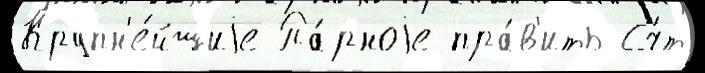
Крупн'е́йшиjе Па́рноjе пра́в'ить Сч́т